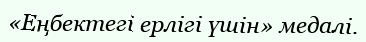
«Еңбектегі ерлігі үшін» медалі.